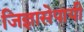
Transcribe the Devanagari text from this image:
जिज्ञासेपायी